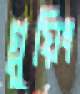
গ্লুয়িং